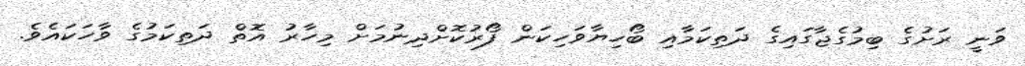
ވަނީ ރަށުގެ ބިމުގެޖާގައިގެ ދަތިކަމާއި ބޯހިޔާވަހިކަން ފޯރުކޮށްދިނުމަށް މިހާރު އޮތް ދަތިކަމުގެ ވާހަކައެވެ.